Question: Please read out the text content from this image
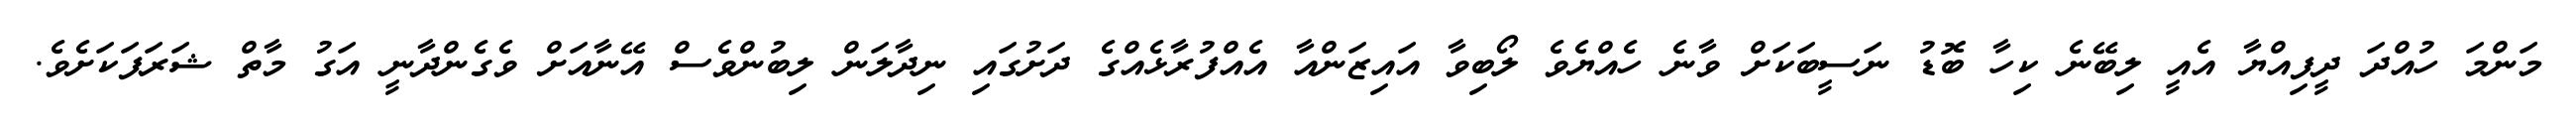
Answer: މަންމަ ހުއްދަ ދީފިއްޔާ އެއީ ލިބޭނެ ކިހާ ބޮޑު ނަސީބަކަށް ވާނެ ހެއްޔެވެ ލޯބިވާ އައިޒަންއާ އެއްފުރާޅެއްގެ ދަށުގައި ނިދާލަން ލިބުންވެސް އޭނާއަށް ވެގެންދާނީ އަގު މާތް ޝަރަފަކަށެވެ.